Vaccination in the Punjab 1919-1929 - 1919-1929
Year: 1919
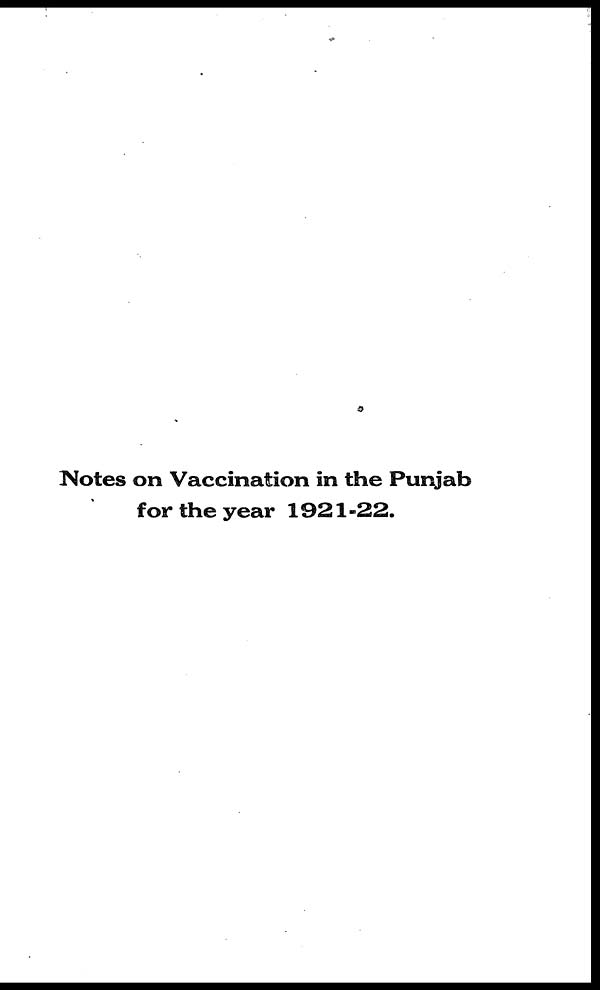
Notes on Vaccination in the Punjab
for the year 1921-22.